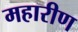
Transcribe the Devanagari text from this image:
महारीण